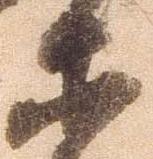
等